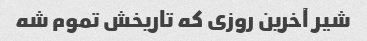
شیر آخرین روزی که تاریخش تموم شه